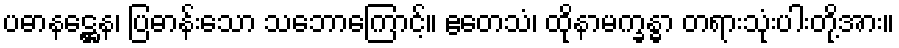
ပဓာနဋ္ဌေန၊ ပြဓာန်းသော သဘောကြောင့်။ ဧတေသံ၊ ထိုနာမက္ခန္ဓာ တရားသုံးပါးတို့အား။